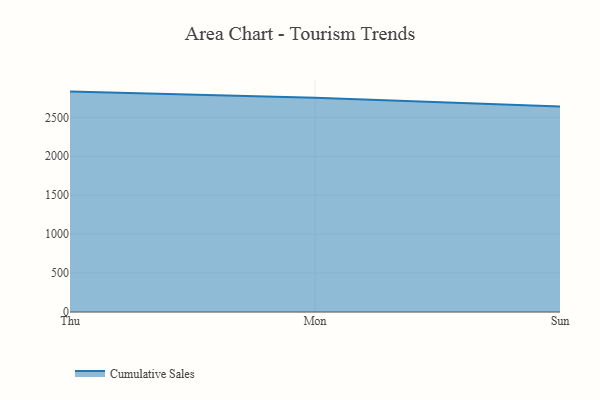
{"axis": {"x": "Day", "y": "Net Income (USD K)"}, "legend": ["Cumulative Sales"], "data": [{"x": "Thu", "y": 2830.4, "type": "Cumulative Sales"}, {"x": "Mon", "y": 2750.2, "type": "Cumulative Sales"}, {"x": "Sun", "y": 2640.5, "type": "Cumulative Sales"}]}